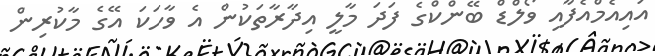
އައިއެމްއެފާއި ވޯލްޑް ބޭންކްގެ ފަދަ މާލީ އިދާރާތަކުން އެ ވާހަކަ އޭގެ މާކުރިން